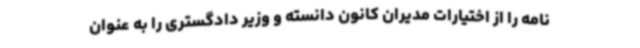
نامه را از اختیارات مدیران کانون دانسته و وزیر دادگستری را به عنوان